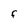
Character: F